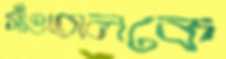
সাঁওতালকে